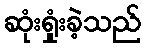
ဆုံးရှုံးခဲ့သည်